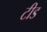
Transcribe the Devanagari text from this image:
टीड